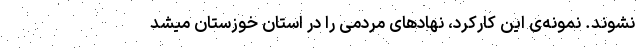
نشوند. نمونه‌ی این کارکرد، نهادهای مردمی را در استان خوزستان میشد